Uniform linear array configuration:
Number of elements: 24
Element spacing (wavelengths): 0.75
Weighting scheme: blackman
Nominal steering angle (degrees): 0
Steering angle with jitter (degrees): -1.539
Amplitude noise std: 0.05
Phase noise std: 0.05

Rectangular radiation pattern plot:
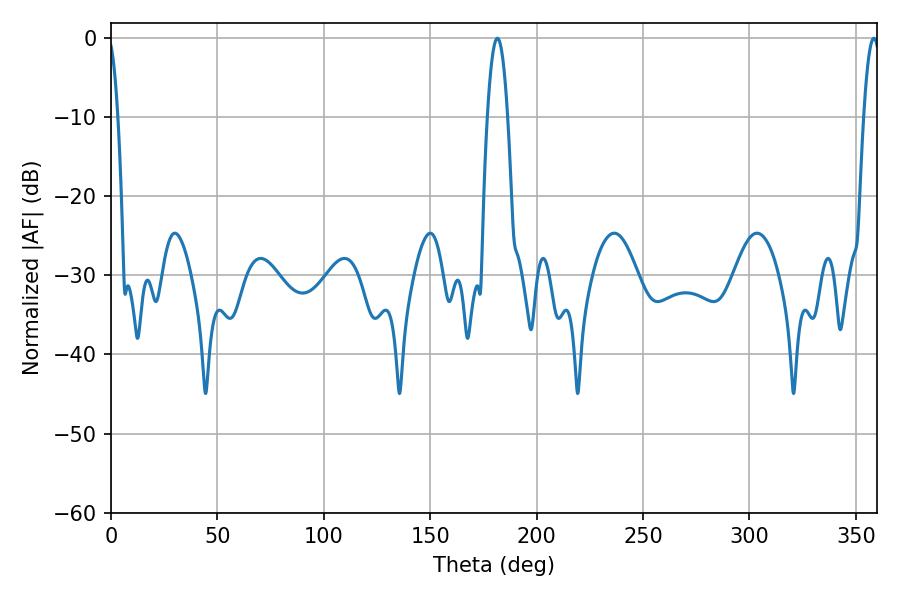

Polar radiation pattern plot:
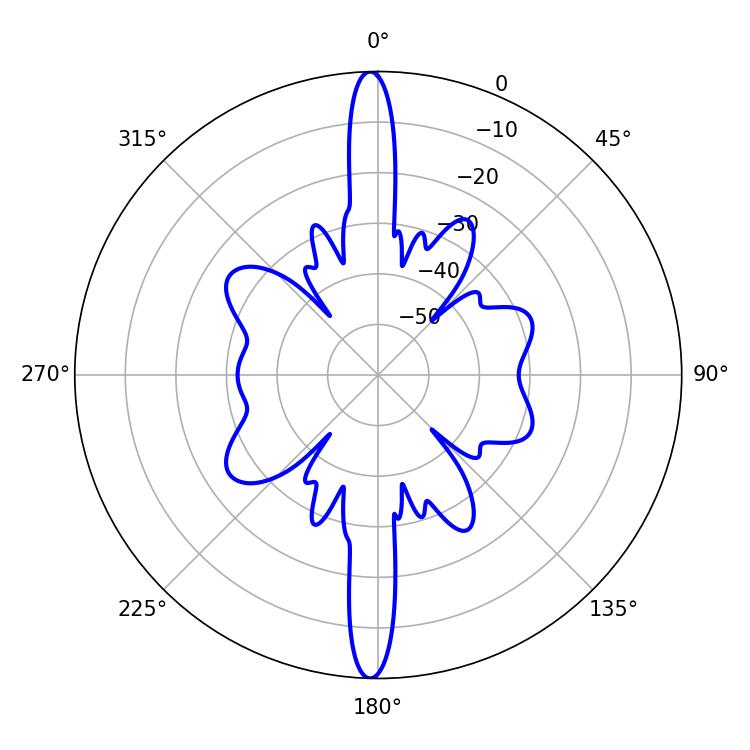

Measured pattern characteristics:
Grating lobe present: TRUE
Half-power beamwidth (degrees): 5.22
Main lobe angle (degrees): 181.62